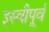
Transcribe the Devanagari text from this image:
इस्वीपूर्व